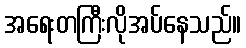
အရေးတကြီးလိုအပ်နေသည်။